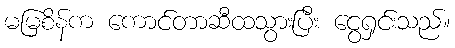
မမြစိန်က ကောင်တာဆီထသွားပြီး ငွေရှင်းသည်။